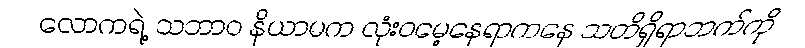
လောကရဲ့ သဘာဝ နိယာမက လုံးဝမေ့နေရာကနေ သတိရှိရာဘက်ကို